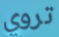
تروي